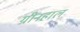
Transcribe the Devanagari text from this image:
ग्रीनहाल